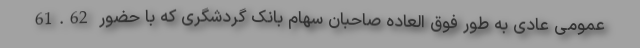
عمومی عادی به طور فوق العاده صاحبان سهام بانک گردشگری که با حضور 61.62